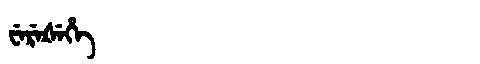
Manchu: ᠸᡝᡵᡝᡧᡝᡥᡝ
Romanization: WEREŠEHE